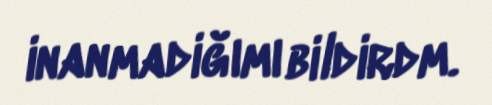
inanmadiğımı bildirdm.